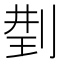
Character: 𠝆